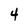
Character: 4